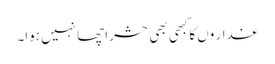
غدار وں کاکبھی بھی حشر اچھا نہیں ہوا۔